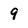
Character: 9